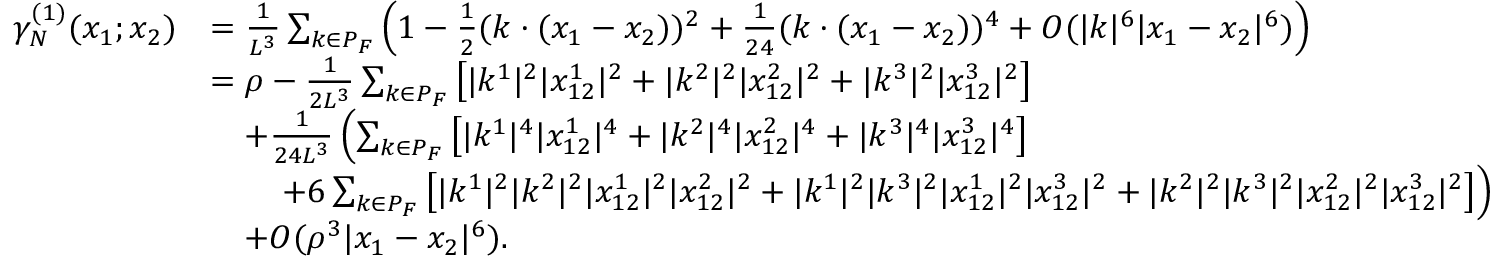
\begin{array} { r l } { \gamma _ { N } ^ { ( 1 ) } ( x _ { 1 } ; x _ { 2 } ) } & { = \frac { 1 } { L ^ { 3 } } \sum _ { k \in P _ { F } } \left( 1 - \frac { 1 } { 2 } ( k \cdot ( x _ { 1 } - x _ { 2 } ) ) ^ { 2 } + \frac { 1 } { 2 4 } ( k \cdot ( x _ { 1 } - x _ { 2 } ) ) ^ { 4 } + O ( | k | ^ { 6 } | x _ { 1 } - x _ { 2 } | ^ { 6 } ) \right) } \\ & { = \rho - \frac { 1 } { 2 L ^ { 3 } } \sum _ { k \in P _ { F } } \left[ | k ^ { 1 } | ^ { 2 } | x _ { 1 2 } ^ { 1 } | ^ { 2 } + | k ^ { 2 } | ^ { 2 } | x _ { 1 2 } ^ { 2 } | ^ { 2 } + | k ^ { 3 } | ^ { 2 } | x _ { 1 2 } ^ { 3 } | ^ { 2 } \right] } \\ & { \quad + \frac { 1 } { 2 4 L ^ { 3 } } \left( \sum _ { k \in P _ { F } } \left[ | k ^ { 1 } | ^ { 4 } | x _ { 1 2 } ^ { 1 } | ^ { 4 } + | k ^ { 2 } | ^ { 4 } | x _ { 1 2 } ^ { 2 } | ^ { 4 } + | k ^ { 3 } | ^ { 4 } | x _ { 1 2 } ^ { 3 } | ^ { 4 } \right] \right. } \\ & { \qquad \left. + 6 \sum _ { k \in P _ { F } } \left[ | k ^ { 1 } | ^ { 2 } | k ^ { 2 } | ^ { 2 } | x _ { 1 2 } ^ { 1 } | ^ { 2 } | x _ { 1 2 } ^ { 2 } | ^ { 2 } + | k ^ { 1 } | ^ { 2 } | k ^ { 3 } | ^ { 2 } | x _ { 1 2 } ^ { 1 } | ^ { 2 } | x _ { 1 2 } ^ { 3 } | ^ { 2 } + | k ^ { 2 } | ^ { 2 } | k ^ { 3 } | ^ { 2 } | x _ { 1 2 } ^ { 2 } | ^ { 2 } | x _ { 1 2 } ^ { 3 } | ^ { 2 } \right] \right) } \\ & { \quad + O ( \rho ^ { 3 } | x _ { 1 } - x _ { 2 } | ^ { 6 } ) . } \end{array}